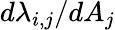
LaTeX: d\lambda_{i,j}/dA_{j}